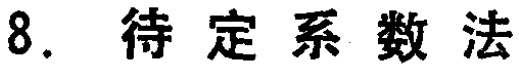
8. 待定系数法